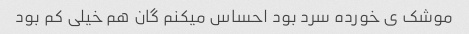
موشک ی خورده سرد بود احساس میکنم گان هم خیلی کم بود